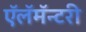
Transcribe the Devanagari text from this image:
ऍलॅमॅन्टरी